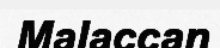
Malaccan